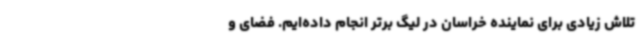
تلاش زیادی برای نماینده خراسان در لیگ برتر انجام داده‌ایم. فضای و